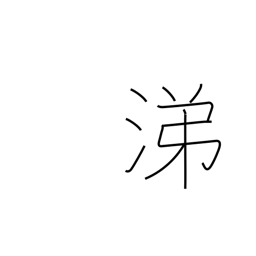
Meaning: sympathy